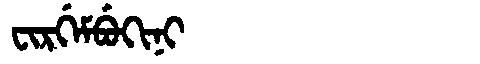
Manchu: ᠸᡳᡵᡤᡝᠮᠪᡠᡴᡳᠨᡳ
Romanization: FIRGEMBUKINI